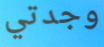
وجدتي